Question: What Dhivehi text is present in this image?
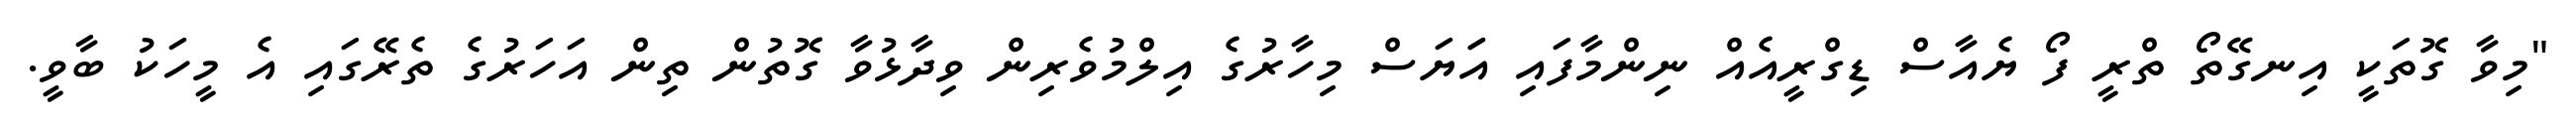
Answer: "މިވާ ގޮތަކީ އިނގޭތޯ ތްރީ ފޯ ޔެއާސް ޑިގްރީއެއް ނިންމާފައި އަަޔަސް މިހާރުގެ އިލްމުވެރިން ވިދާޅުވާ ގޮތުން ތިން އަހަރުގެ ތެރޭގައި އެ މީހަކު ބާވީ.